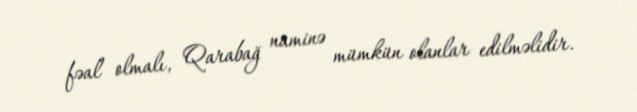
fəal olmalı, Qarabağ naminə mümkün olanlar edilməlidir.